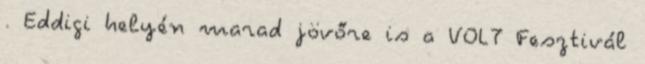
. Eddigi helyén marad jövőre is a VOLT Fesztivál